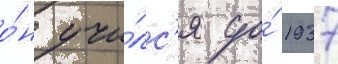
о́н учи́лс'я до́ 1937